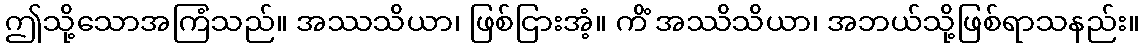
ဤသို့သောအကြံသည်။ အဿသိယာ၊ ဖြစ်ငြားအံ့။ ကိံ အဿိသိယာ၊ အဘယ်သို့ဖြစ်ရာသနည်း။